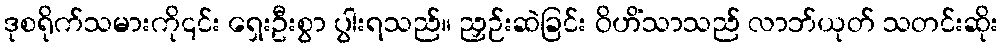
ဒုစရိုက်သမားကို၎င်း ရှေးဦးစွာ ပွါးရသည်။ ညှဉ်းဆဲခြင်း ဝိဟိံသာသည် လာဘ်ယုတ် သတင်းဆိုး